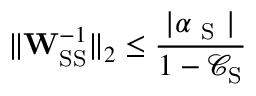
\lVert \mathbf { W } _ { \mathrm { S S } } ^ { - 1 } \rVert _ { 2 } \leq \frac { | \alpha _ { \mathrm { ~ S ~ } } | } { 1 - \mathcal { C } _ { \mathrm { S } } }